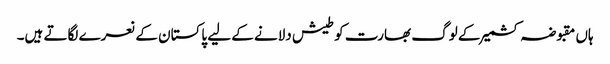
ہاں مقبوضہ کشمیر کے لوگ بھارت کو طیش دلانے کے لیے پاکستان کے نعرے لگاتے ہیں۔